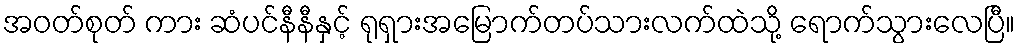
အဝတ်စုတ် ကား ဆံပင်နီနီနှင့် ရုရှားအမြောက်တပ်သားလက်ထဲသို့ ရောက်သွားလေပြီ။